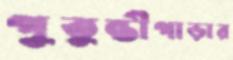
পুতুন্তীপাড়ার